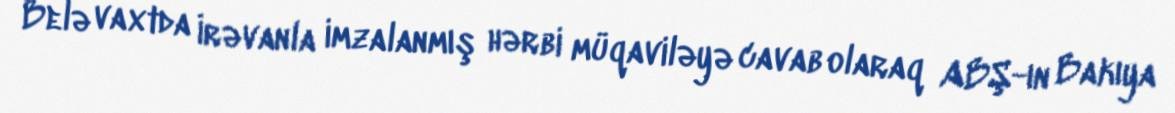
Belə vaxtda İrəvanla imzalanmış hərbi müqaviləyə cavab olaraq ABŞ-ın Bakıya